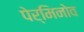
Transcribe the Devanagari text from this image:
पेर्मिनोव